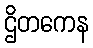
ဌိတကေန